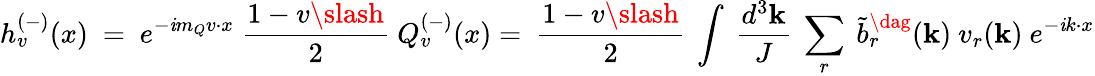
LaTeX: h_{v}^{(-)}(x)\ =\ e^{-\mathit{i}m_{Q}v{\cdot}x}\ \frac{{1-v{\slash}}}{{2}}\ Q_{v}^{(-)}(x)=\ \frac{{1-v{\slash}}}{{2}}\ \int\ \frac{{d^{3}{\mathbf{k}}}}{{J}}\ \sum_{r}\ \tilde{{b}}_{r}^{\dag}({\mathbf{k}})\ v_{r}({\mathbf{k}})\ e^{-\mathit{i}k{\cdot}x}